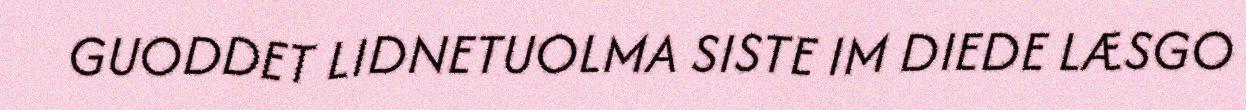
GUODDET LIDNETUOLMA SISTE IM DIEDE LÆSGO